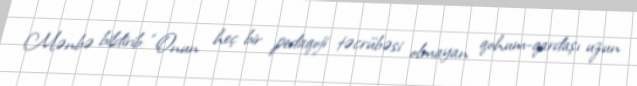
Mənbə bildirib: “Onun heç bir pedaqoji təcrübəsi olmayan qohum-qardaşı uzun